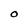
Character: O